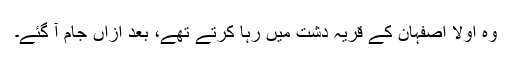
وہ اولاً اصفہان کے قریہ دشت میں رہا کرتے تھے، بعد ازاں جام آ گئے۔